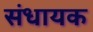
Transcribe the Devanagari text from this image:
संधायक